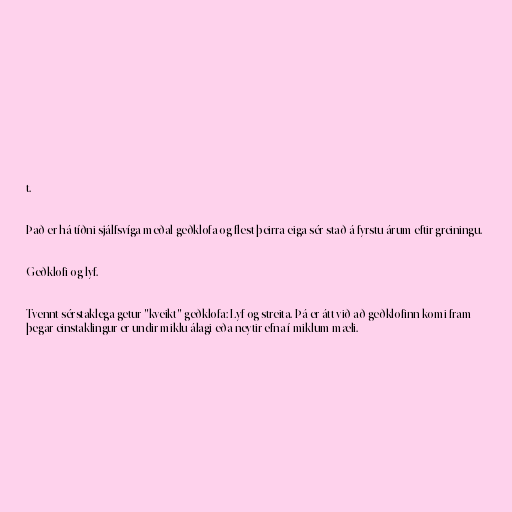
t.

Það er há tíðni sjálfsvíga meðal geðklofa og flest þeirra eiga sér stað á fyrstu árum eftir greiningu.

Geðklofi og lyf.

Tvennt sérstaklega getur "kveikt" geðklofa: Lyf og streita. Þá er átt við að geðklofinn komi fram
þegar einstaklingur er undir miklu álagi eða neytir efna í miklum mæli.